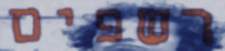
רשפים